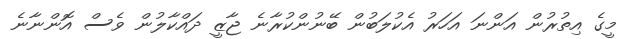
މީގެ އިތުރުން އަންނަ އަހަރު އެކުލަބުން ބޭނުންކުރާނެ ޖާޒީ ދައްކާލުން ވެސް އޮންނާނެ